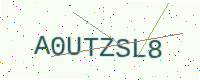
Text: A0UTZSL8